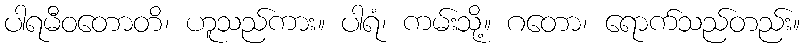
ပါရမီဝတောတိ၊ ဟူသည်ကား။ ပါရံ၊ ကမ်းသို့။ ဂတော၊ ရောက်သည်တည်း။